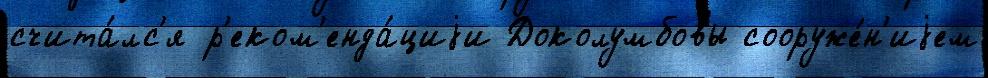
счита́лс'я р'еком'енда́циjи Доколумбовы сооруже́н'иjем